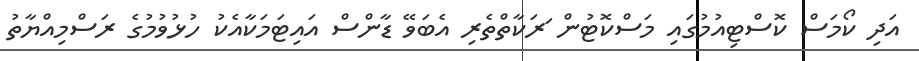
އަދި ކޯމަސް ކޮސްޓިއުމުގައި މަސްކޮޓުން ަރަކާތްތެރި އެބަވޭ ޑާންސް އައިޓަމަކާއެކު ހުޅުވުމުގެ ރަސްމިއްޔާތު